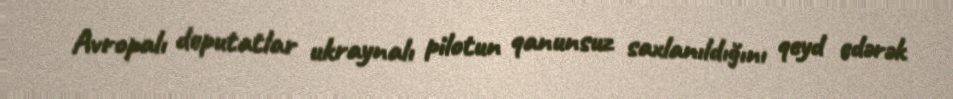
Avropalı deputatlar ukraynalı pilotun qanunsuz saxlanıldığını qeyd edərək